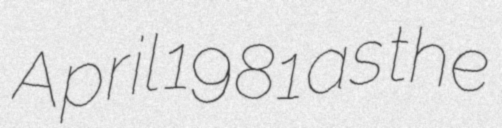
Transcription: April 1981 as the